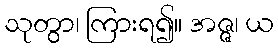
သုတွာ၊ ကြားရ၍။ အဇ္ဇ၊ ယ